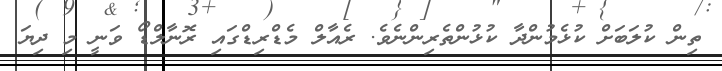
ތިން ކުލަބަށް ކުޅެމުންދާ ކުޅުންތެރިންނެވެ. ރެއާލް މެޑްރިޑްގައި ރޮނާލްޑޯ ވަނީ މި ދިޔަ